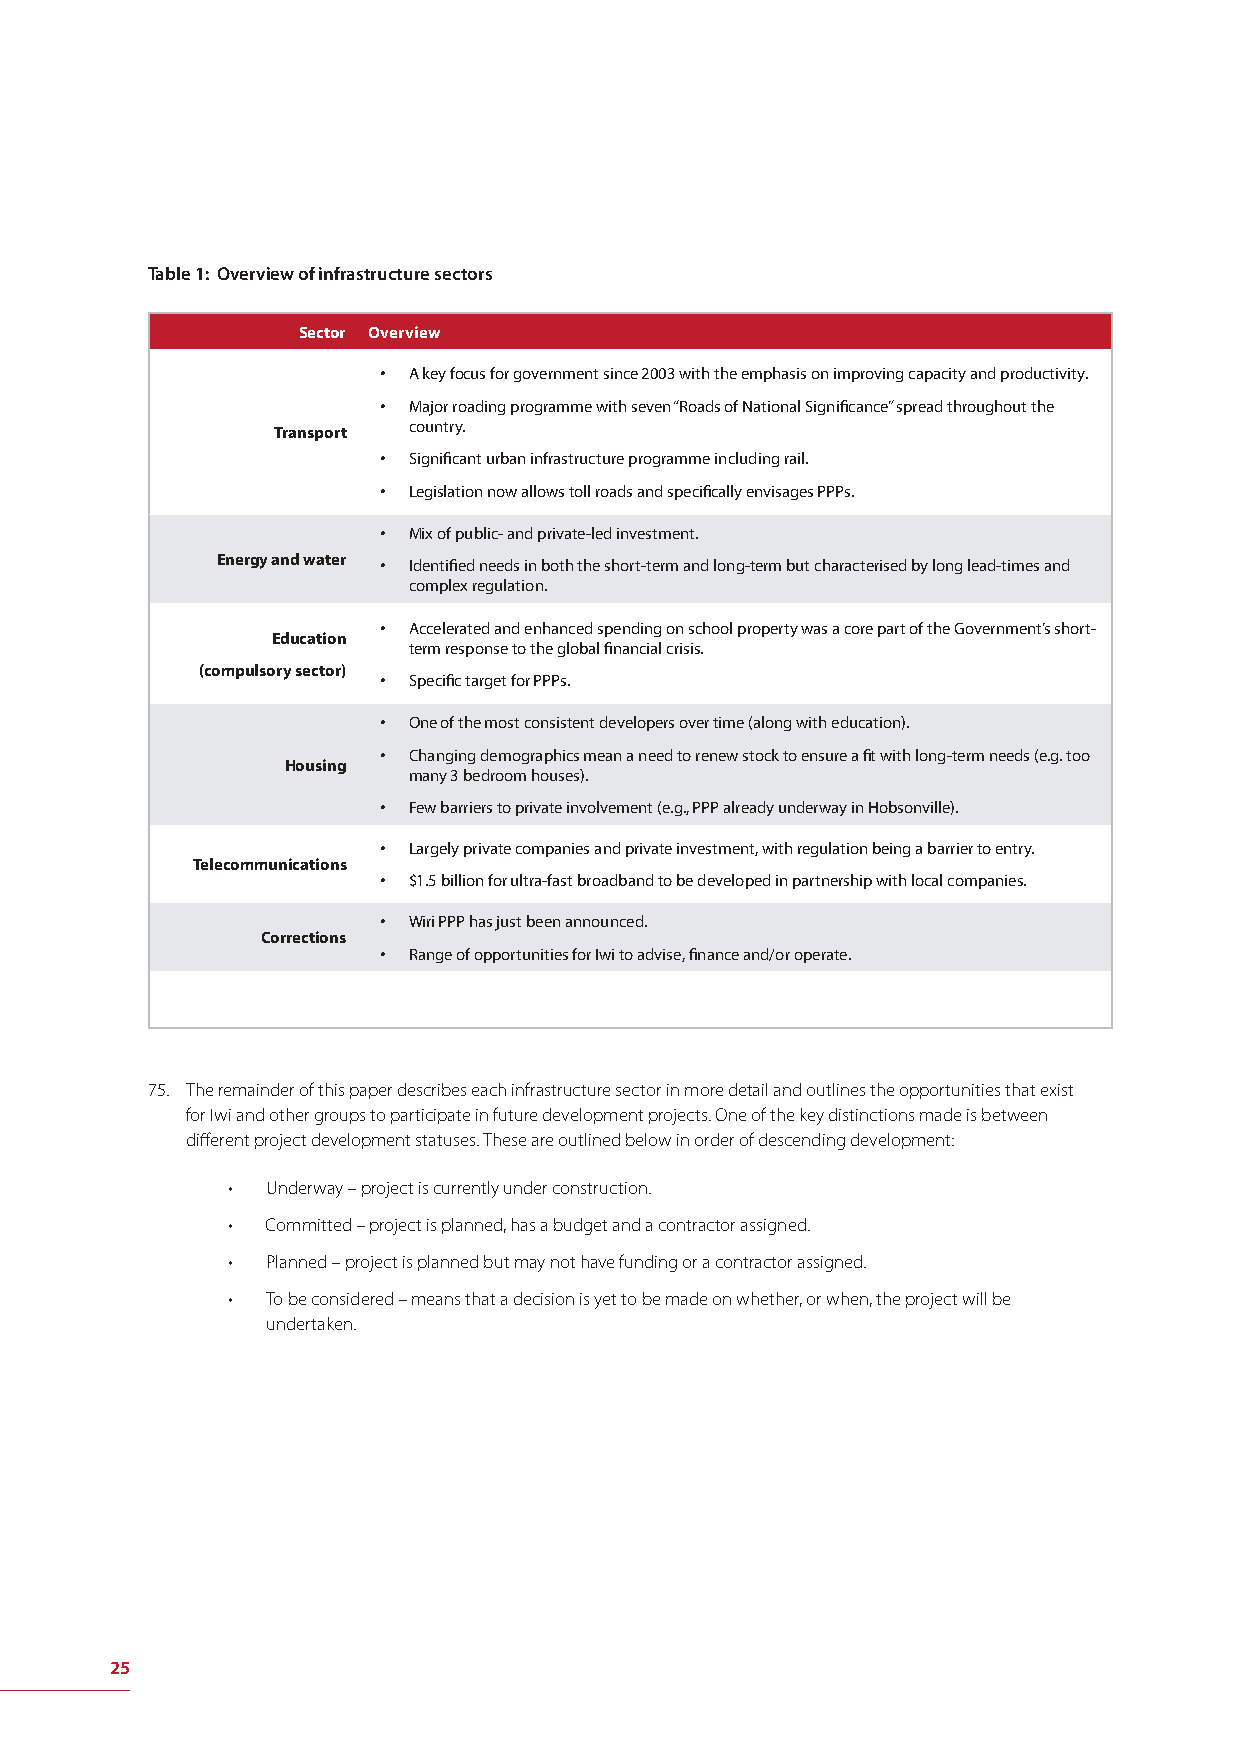
Table 1: Overview of infrastructure sectors
 Sector Overview
 • A key focus for government since 2003 with the emphasis on improving capacity and productivity.
 • Major roading programme with seven “Roads of National Signifi cance” spread throughout the
 country.
 Transport
 • Signifi cant urban infrastructure programme including rail.
 • Legislation now allows toll roads and specifi cally envisages PPPs.
 • Mix of public- and private-led investment.
 Energy and water • Identifi ed needs in both the short-term and long-term but characterised by long lead-times and
 complex regulation.
 • Accelerated and enhanced spending on school property was a core part of the Government’s short-
 Education
 term response to the global fi nancial crisis.
 (compulsory sector)
 • Specifi c target for PPPs.
 • One of the most consistent developers over time (along with education).
 • Changing demographics mean a need to renew stock to ensure a fi t with long-term needs (e.g. too
 Housing
 many 3 bedroom houses).
 • Few barriers to private involvement (e.g., PPP already underway in Hobsonville).
 • Largely private companies and private investment, with regulation being a barrier to entry.
 Telecommunications
 • $1.5 billion for ultra-fast broadband to be developed in partnership with local companies.
 • Wiri PPP has just been announced.
 Corrections
 • Range of opportunities for Iwi to advise, fi nance and/or operate.
 75. The remainder of this paper describes each infrastructure sector in more detail and outlines the opportunities that exist
 for Iwi and other groups to participate in future development projects. One of the key distinctions made is between
 diff erent project development statuses. These are outlined below in order of descending development:
 •  Underway – project is currently under construction.
 •  Committed – project is planned, has a budget and a contractor assigned.
 •  Planned – project is planned but may not have funding or a contractor assigned.
 •  To be considered – means that a decision is yet to be made on whether, or when, the project will be
 undertaken.
 25